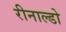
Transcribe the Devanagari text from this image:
रीनाल्डो